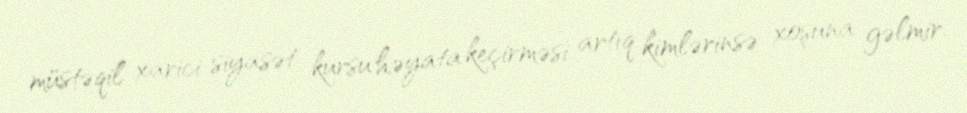
müstəqil xarici siyasət kursu həyata keçirməsi artıq kimlərinsə xoşuna gəlmir.